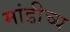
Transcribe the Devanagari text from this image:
मांडीच्य